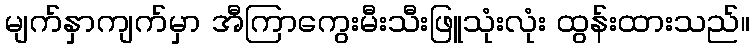
မျက်နှာကျက်မှာ အီကြာကွေးမီးသီးဖြူသုံးလုံး ထွန်းထားသည်။